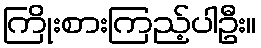
ကြိုးစားကြည့်ပါဦး။